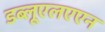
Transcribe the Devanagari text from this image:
डब्लूएलएएन